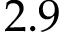
2 . 9